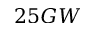
2 5 G W